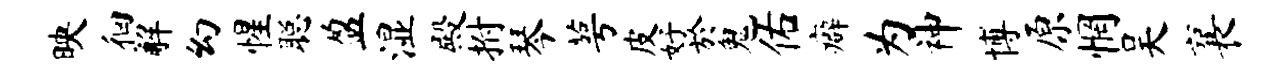
映徊解幻惺聪盈湿殿拊琴萼皮好於鬼佑癖为神博原惘吴襄